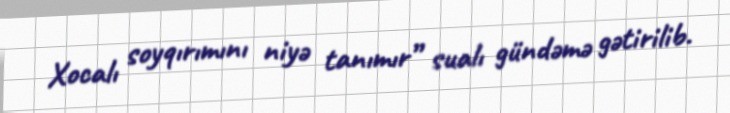
Xocalı soyqırımını niyə tanımır” sualı gündəmə gətirilib.